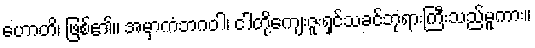
ဟောတိ၊ ဖြစ်၏။ အမှာကံဘဂဝါ၊ ငါတို့ကျေးဇူးရှင်သခင်ဘုရားကြီးသည်မူကား။